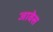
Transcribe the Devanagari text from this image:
जावेस